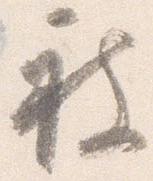
被